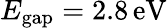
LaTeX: E_{\mathrm{gap}}=2.8\, \mathrm{eV}